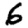
Digit: 6